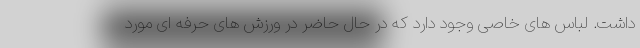
داشت. لباس های خاصی وجود دارد که در حال حاضر در ورزش های حرفه ای مورد